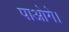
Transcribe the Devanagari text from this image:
पाओगे।